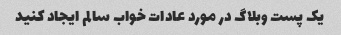
یک پست وبلاگ در مورد عادات خواب سالم ایجاد کنید